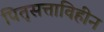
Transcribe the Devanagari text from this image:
पितृसत्ताविहीन